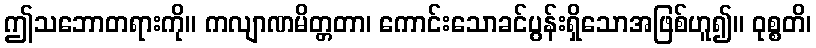
ဤသဘောတရားကို။ ကလျာဏမိတ္တတာ၊ ကောင်းသောခင်ပွန်းရှိသောအဖြစ်ဟူ၍။ ဝုစ္စတိ၊